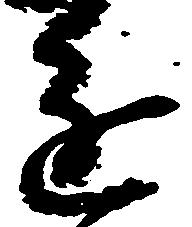
進